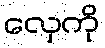
လှေကို